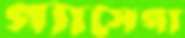
গ্যাসেগা